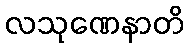
လသုဏေနာတိ